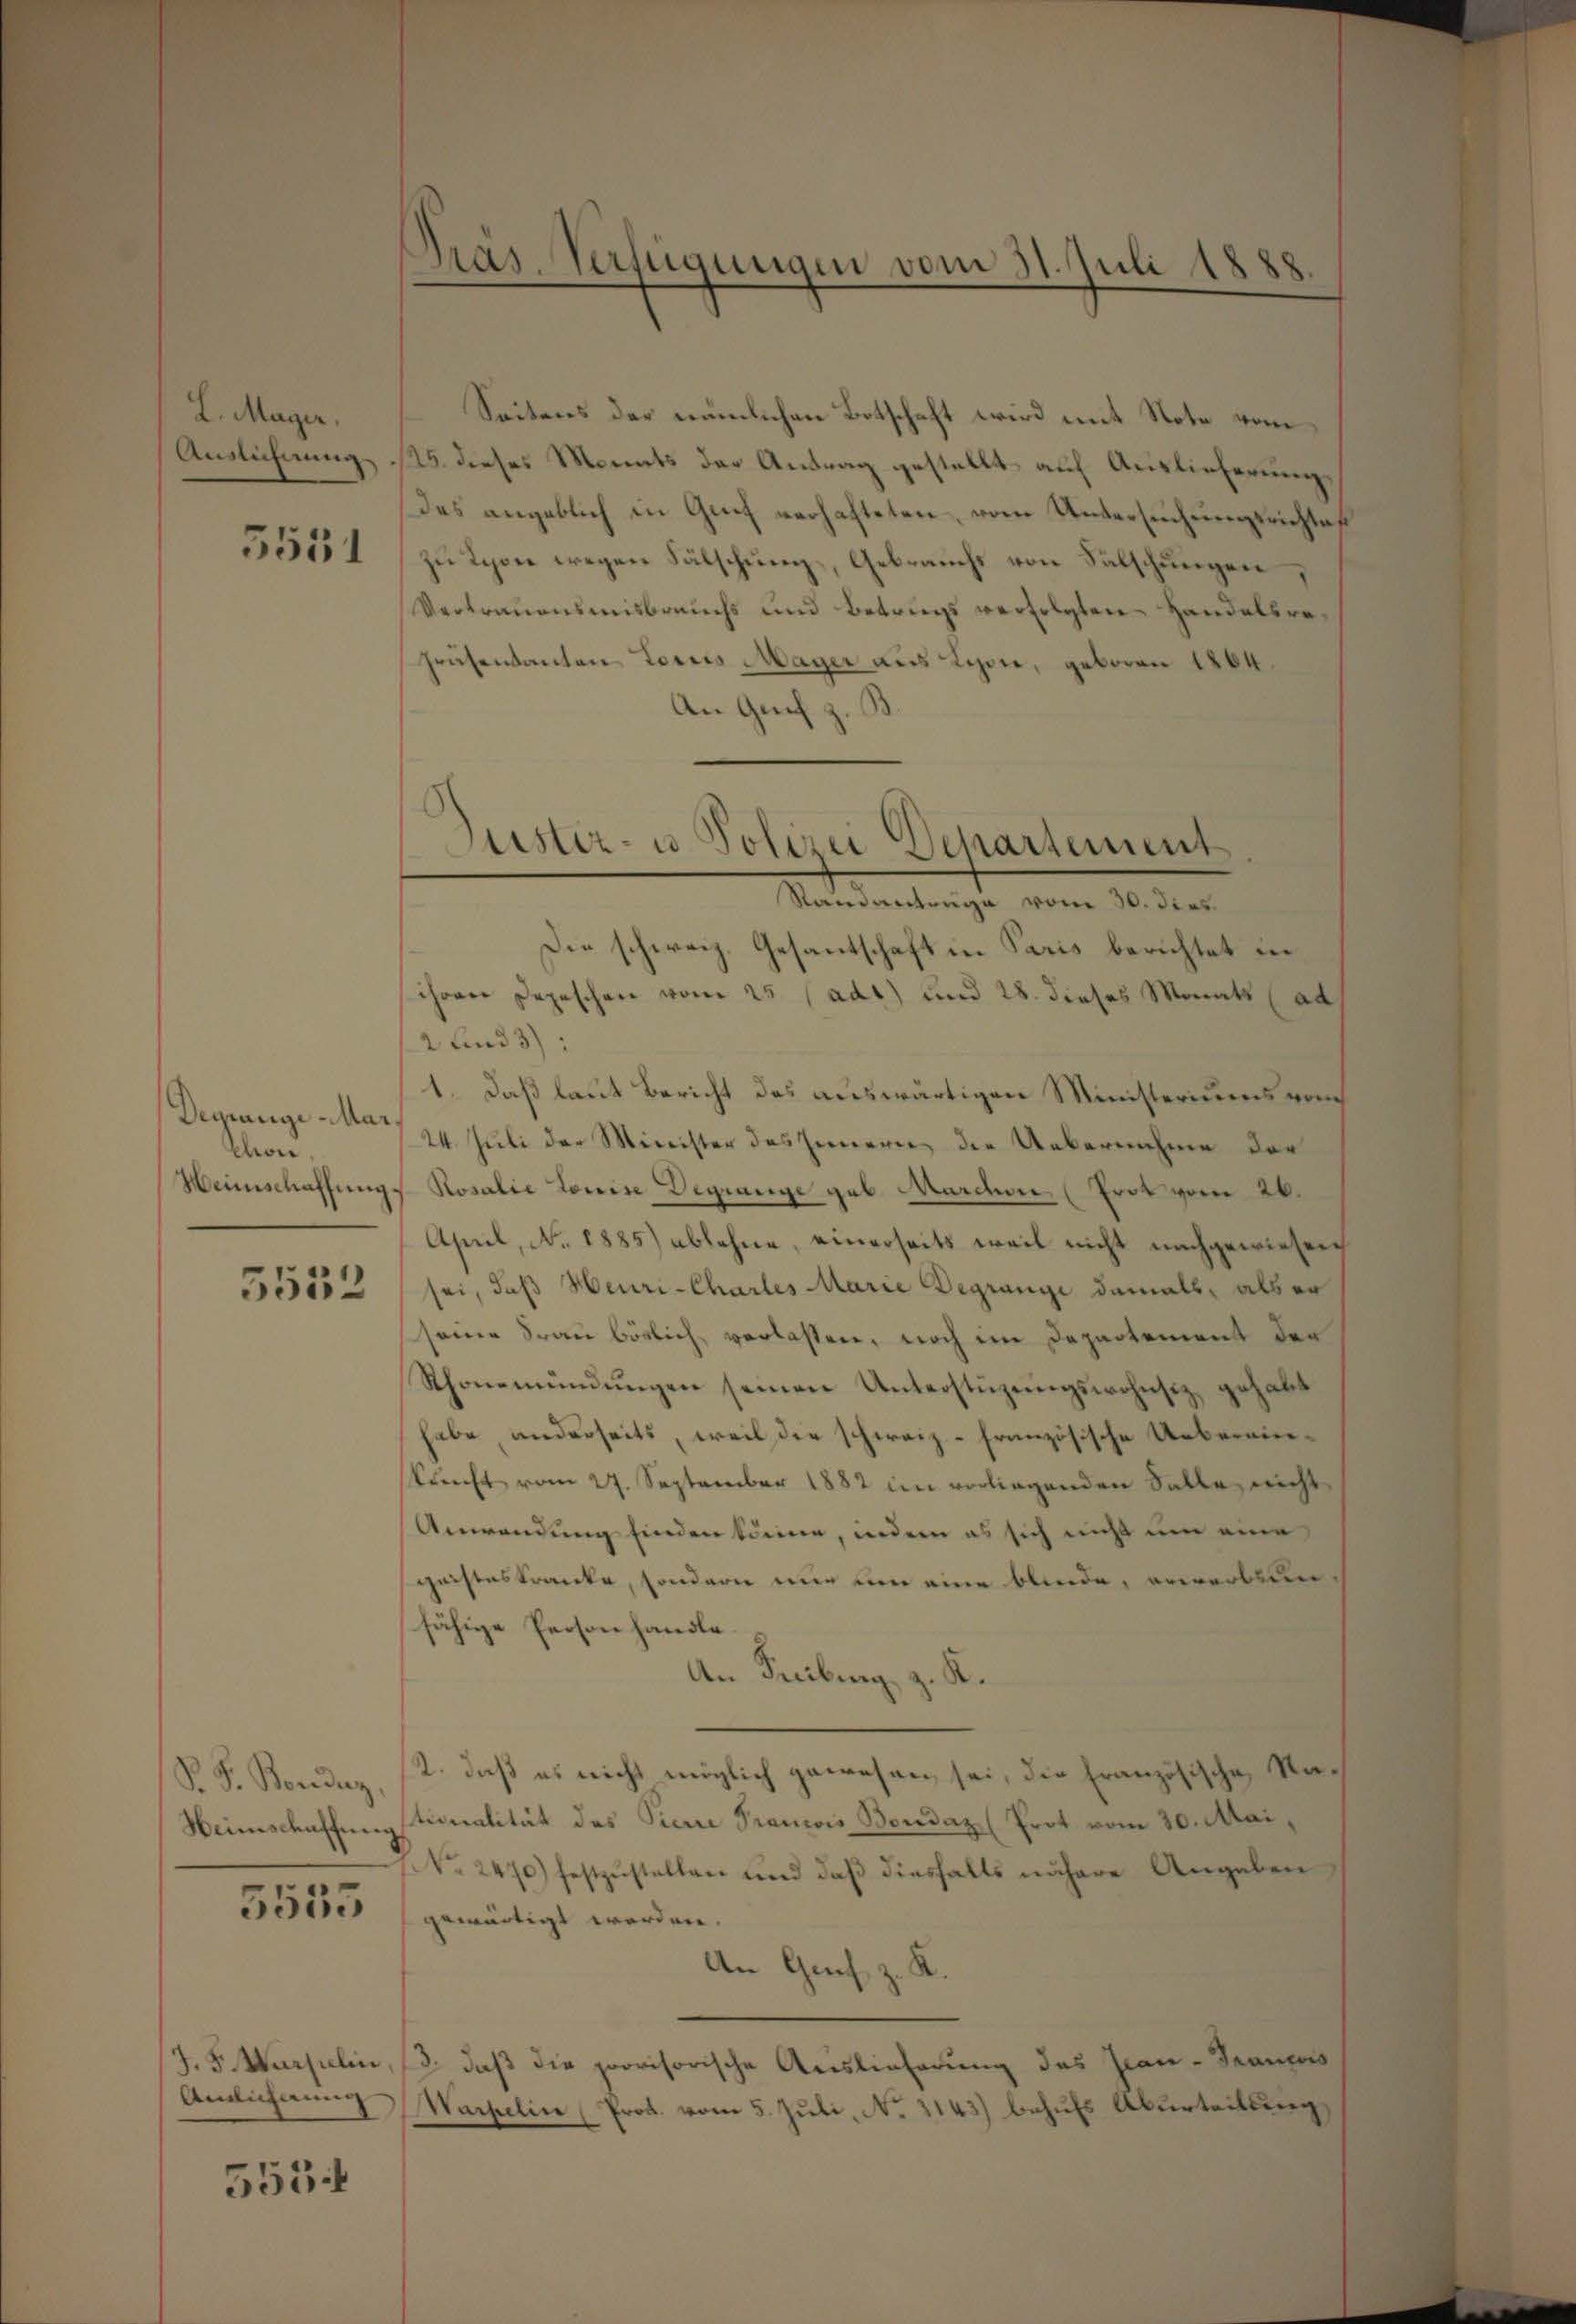
L. Mayer,

Degange Mar¬
Schon,

555.

Seitens der nämlichen Botschaft wird mit Note vom
Auslichnung, 15. dieses Monats der Antrag gestellt auf Auslieferungsdas angeblich in Guch verhafteten vom Untersuchungsrichtes
15154 zu schon wegen Fälschung, Gebrauchs von Falschungen,
Vertrauensmitbrauchs und Betrugs verfolgten Handelsre¬
Präsentanton Tortes Mager aus Lyon, geboren 1284.
An Genf z. B.
Die schweiz. Gesantschaft in Paris berichtet in
ihren Depeschen vom 25 (adt) und 28. dieses Monats (au
2 und 3:
1. daß laut Bericht des auswärtigen Ministeriums von
24. Juli der Minister des Innern die Uebernehme der
Weinschaffung Rosalie Louise Begrange geb. Marchen (Prot vom 26.
April, No. 1885) ablehne, einerseits weil nicht nachgewiesen
55553, sei, daß Heuri-Chartes Marie Degrange damals, als er
seine Frau börlich, verlassen, noch im Departement der
Rhonemündŭngen seinen Unterstüzungswohnsiz, gehabt
habe, anderseits, weil die schweiz. französische Uebereinkrecht vom 29. September 1882 in vorliegenden Falle nicht
Anwendung finden könne, indem es sich nicht um eine
geisteskranke, sondern mir um eine blinde, erwerbst
fähige Person handle¬
An Freiburg z. K.
S. S. Konduz, 12. daß es nicht möglich gewesen sei, die Französische, Na¬
Weinschaffung stimalität des Sinne Pranos Bondaz (Prot vom 30. Mai,
No. 2470) festzŭstellen und daß diesfalls nähere Angaben
5553, gewärtigt worden.
An Ges. z. K.
J. F. Wurzelin, (3. daß die provisorische Auslieferung das Jean - Frances
Amlicherung Warpelin, Prok. vom 5. Juli, No. 2143) behufs Aburteilung,

Präs. Verfügungen vom 31. Juli 1888.

Geister- u Polizei Departement
Standantenge vom 30. Dez.